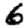
Digit: 6